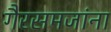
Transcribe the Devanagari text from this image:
गैरसमजांना